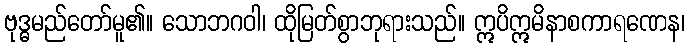
ဗုဒ္ဓမည်တော်မူ၏။ သောဘဂဝါ၊ ထိုမြတ်စွာဘုရားသည်။ ဣပိဣမိနာစကာရဏေန၊